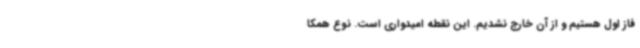
فاز اول هستیم و از آن خارج نشدیم. این نقطه امیدواری است. نوع همکا